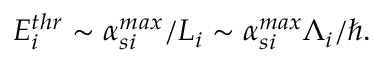
E _ { i } ^ { t h r } \sim \alpha _ { s i } ^ { m a x } / L _ { i } \sim \alpha _ { s i } ^ { m a x } \Lambda _ { i } / \hbar .